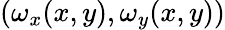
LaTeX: ({\omega}_{x}(x,y),{\omega}_{y}(x,y))